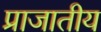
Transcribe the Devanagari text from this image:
प्राजातीय